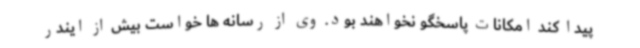
پیدا کند امکانات پاسخگو نخواهند بود. وی از رسانه ها خواست بیش از ایندر